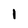
Character: 1